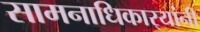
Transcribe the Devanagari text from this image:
सामनाधिकार्‍यांनी